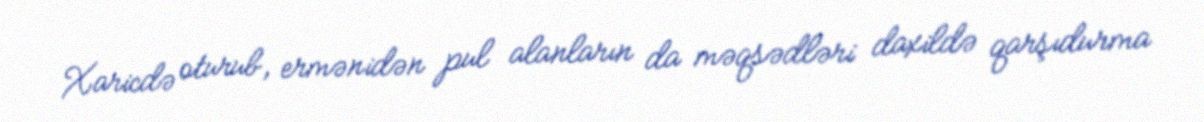
Xaricdə oturub, ermənidən pul alanların da məqsədləri daxildə qarşıdurma